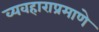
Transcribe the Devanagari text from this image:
व्यवहाराप्रमाणे